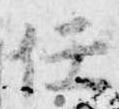
任